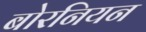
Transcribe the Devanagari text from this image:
बोरनियन